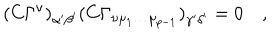
( C \Gamma ^ { \nu } ) _ { \alpha ^ { \prime } \beta ^ { \prime } } ( C \Gamma _ { \nu \mu _ { 1 } \dots \mu _ { p - 1 } } ) _ { \gamma ^ { \prime } \delta ^ { \prime } } = 0 \quad ,